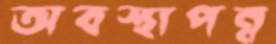
অবস্থাপন্ন